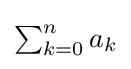
\textstyle {\sum _{k=0}^{n}a_{k}}